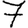
Digit: 7